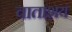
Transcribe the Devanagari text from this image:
वाताशय